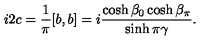
i 2 c = \frac { 1 } { \pi } [ b , b ] = i \frac { \cosh \beta _ { 0 } \cosh \beta _ { \pi } } { \sinh \pi \gamma } .